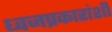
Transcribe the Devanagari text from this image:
ध्वजप्रकारांशी